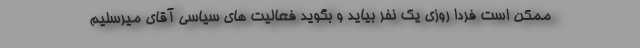
ممکن است فردا روزی یک نفر بیاید و بگوید فعالیت های سیاسی آقای میرسلیم